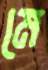
মে